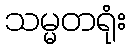
သမ္မတရုံး